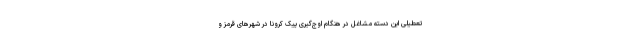
تعطیلی این دسته مشاغل در هنگام اوج‌گیری پیک کرونا در شهرهای قرمز و